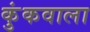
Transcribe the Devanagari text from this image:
कुंकवाला